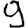
Digit: 9